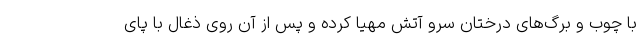
با چوب و برگ‌های درختان سرو آتش مهیا کرده و پس از آن روی ذغال با پای